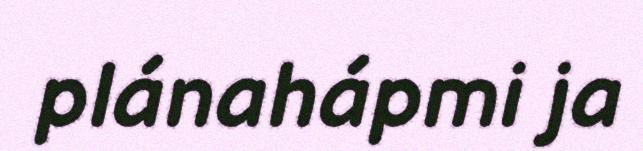
plánahápmi ja